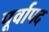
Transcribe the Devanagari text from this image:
पूर्वापद